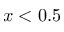
x < 0 . 5